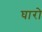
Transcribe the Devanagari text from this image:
घारो